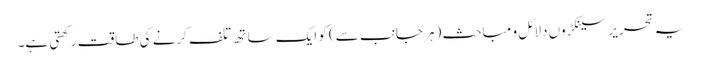
یہ تحریر سینکڑوں دلائل و مباحث (ہر جانب سے) کو ایک ساتھ تلف کرنے کی طاقت رکھتی ہے۔